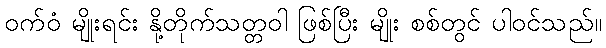
ဝက်ဝံ မျိုးရင်း နို့တိုက်သတ္တဝါ ဖြစ်ပြီး မျိုး စစ်တွင် ပါဝင်သည်။